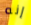
إنه